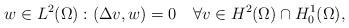
LaTeX: \begin{align*} w\in L^2(\Omega):(\Delta v,w)=0 \quad\forall v\in H^2(\Omega)\cap H^1_0(\Omega),\end{align*}